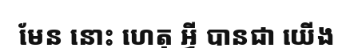
មែន នោះ ហេតុ អ្វី បានជា យើង